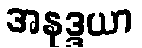
အနုဒ္ဒယာ